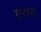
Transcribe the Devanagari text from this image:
एतत्‌